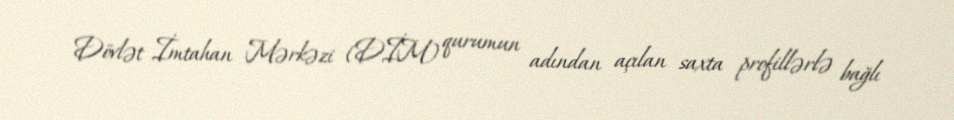
Dövlət İmtahan Mərkəzi (DİM) qurumun adından açılan saxta profillərlə bağlı